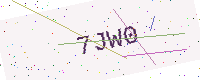
Text: 7JW0